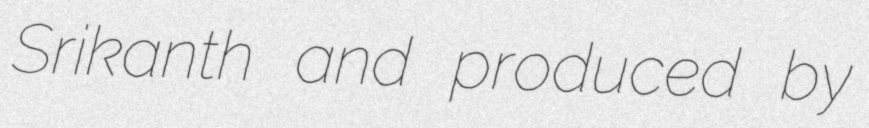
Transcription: Srikanth and produced by